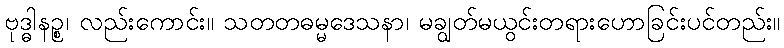
ဗုဒ္ဓါနဉ္စ၊ လည်းကောင်း။ သတတဓမ္မဒေသနာ၊ မချွတ်မယွင်းတရားဟောခြင်းပင်တည်း။